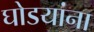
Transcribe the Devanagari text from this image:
घोडयांना